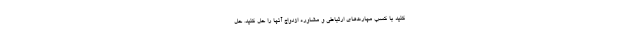
کنید با کسب مهارت‌های ارتباطی و مشاوره ازدواج آنها را حل کنید. حل